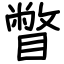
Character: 瞥